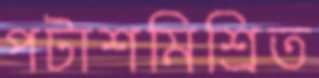
পটাশমিশ্রিত